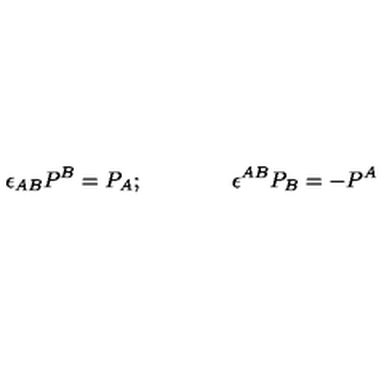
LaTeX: \epsilon _ { A B } P ^ { B } = P _ { A } ; \qquad \qquad \epsilon ^ { A B } P _ { B } = - P ^ { A }